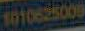
1010625000